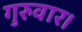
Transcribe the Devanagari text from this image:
गुरुवार।